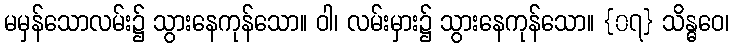
မမှန်သောလမ်း၌ သွားနေကုန်သော။ ဝါ၊ လမ်းမှား၌ သွားနေကုန်သော။ {၀၇} သိန္ဓဝေ၊